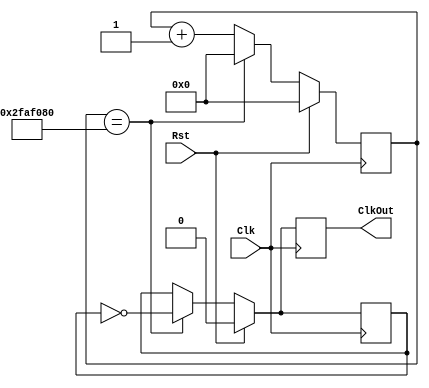
`timescale 1ns / 1ns



module ClkDiv(Clk, Rst, ClkOut);

	input Clk, Rst;
	output reg ClkOut;
	//to create 1 Hz clock from 100-MHz on the board
	parameter DivVal1 = 50000000;//00000000;//50_000_000;
	
	//reg [26:0] DivVal;
	reg [26:0] DivCnt;
	reg ClkInt;

	always @(posedge Clk) 
	begin
		if( Rst == 1 ) 
			begin
				DivCnt <= 0;
				ClkOut <= 0;
				ClkInt <= 0;
			end
		
		else
			begin
				if( DivCnt == DivVal1 )
					begin
						ClkOut <= ~ClkInt;
						ClkInt <= ~ClkInt;
						DivCnt <= 0;
					end
				else
					begin		
						ClkOut <= ClkInt;
						ClkInt <= ClkInt;
						DivCnt <= DivCnt + 1;
					end
			end
	end

endmodule